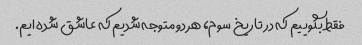
فقط بگوییم که در تاریخ سوم، هر دو متوجه شدیم که عاشق شده ایم.